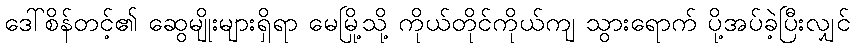
ဒေါ်စိန်တင့်၏ ဆွေမျိုးများရှိရာ မေမြို့သို့ ကိုယ်တိုင်ကိုယ်ကျ သွားရောက် ပို့အပ်ခဲ့ပြီးလျှင်